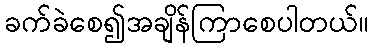
ခက်ခဲစေ၍အချိန်ကြာစေပါတယ်။